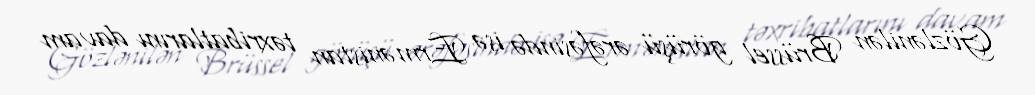
Gözlənilən Brüssel görüşü ərəfəsində isə Ermənistan təxribatlarını davam